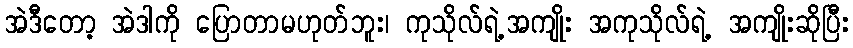
အဲဒီတော့ အဲဒါကို ပြောတာမဟုတ်ဘူး၊ ကုသိုလ်ရဲ့အကျိုး အကုသိုလ်ရဲ့ အကျိုးဆိုပြီး